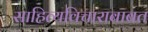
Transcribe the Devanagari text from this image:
साहित्यविचाराबाबत